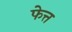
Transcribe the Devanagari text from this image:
फेत्त